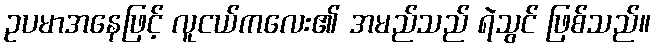
ဥပမာအနေဖြင့် လူငယ်ကလေး၏ အမည်သည် ရဲသွင် ဖြစ်သည်။